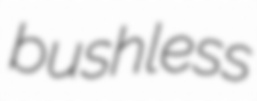
bushless